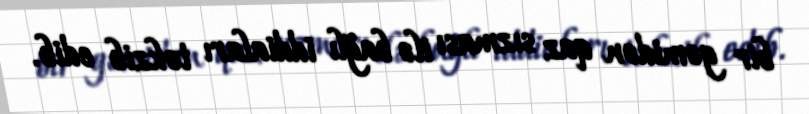
bir gəmidən qaz sızması ilə bağlı iddiaları təkzib edib.